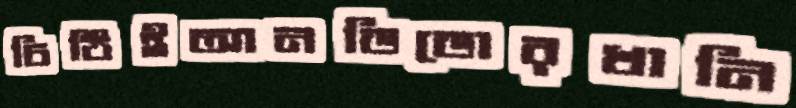
চিঠিইআনডিডোরখানি